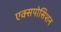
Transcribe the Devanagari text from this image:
एक्सपोसिशन